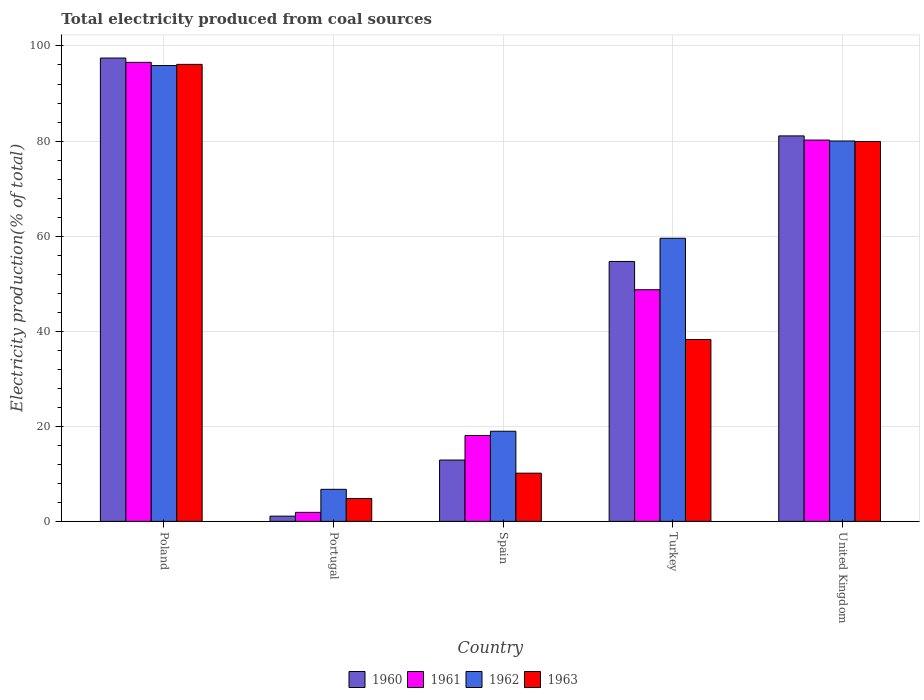
| Country | 1960 | 1961 | 1962 | 1963 |
 | --- | --- | --- | --- | --- |
 | Poland | 97.5 | 96.6 | 95.9 | 96.1 |
 | Portugal | 1.1 | 1.89 | 6.74 | 4.81 |
 | Spain | 12.9 | 18.1 | 19 | 10.1 |
 | Turkey | 54.7 | 48.7 | 59.6 | 38.3 |
 | United Kingdom | 81.1 | 80.2 | 80 | 79.9 |